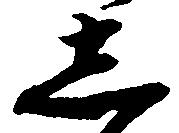
し